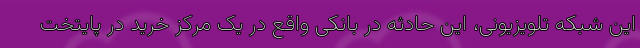
این شبکه تلویزیونی، این حادثه در بانکی واقع در یک مرکز خرید در پایتخت